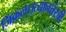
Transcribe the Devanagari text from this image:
जिंकला।त्यानतंरची